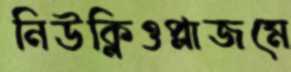
নিউক্লিওপ্লাজমে